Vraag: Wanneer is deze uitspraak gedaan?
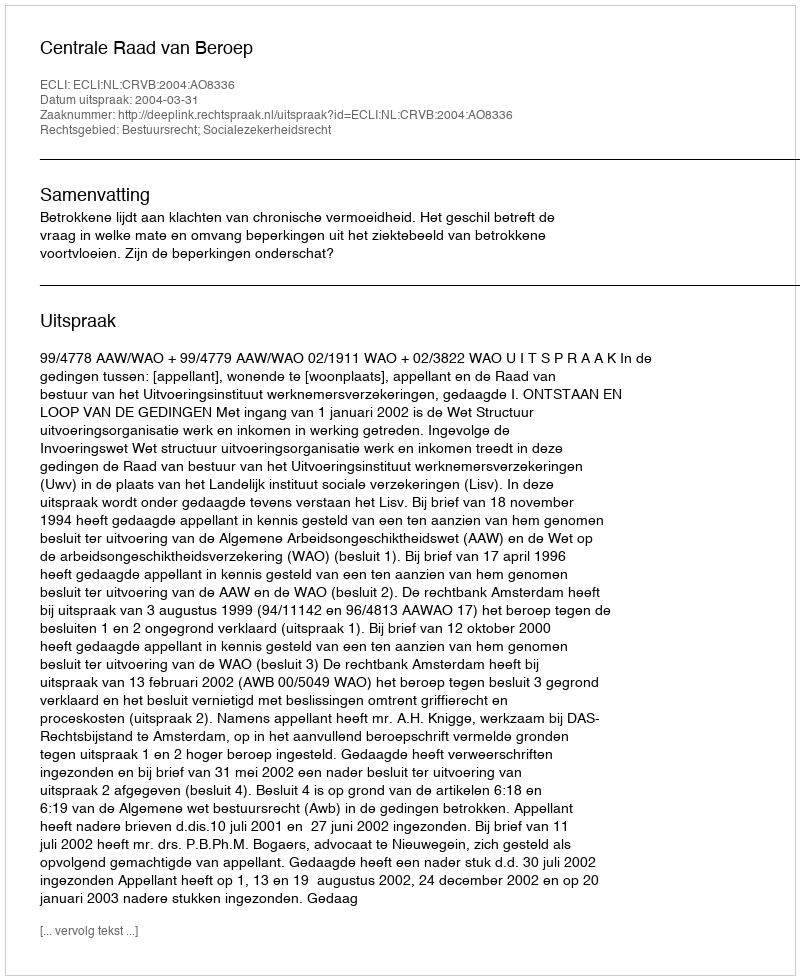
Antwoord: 2004-03-31